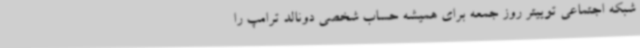
شبکه اجتماعی توییتر روز جمعه برای همیشه حساب شخصی دونالد ترامپ را